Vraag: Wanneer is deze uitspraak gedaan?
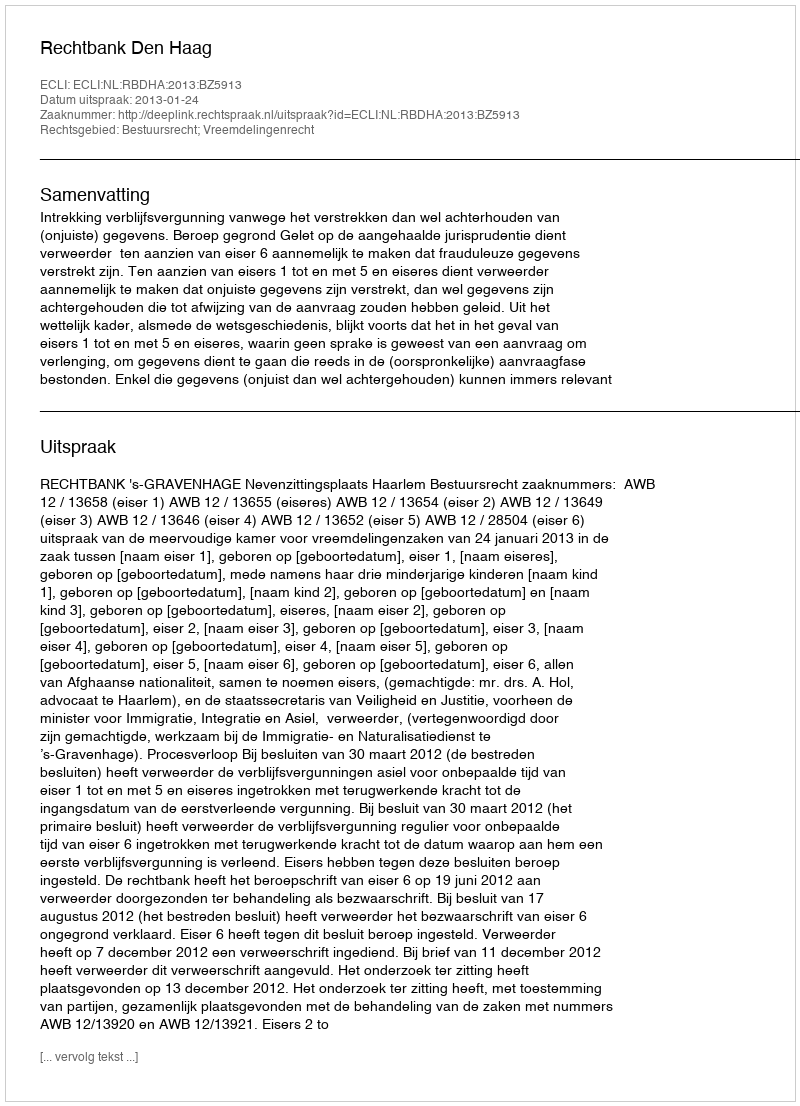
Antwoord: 2013-01-24